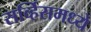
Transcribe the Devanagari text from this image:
सर्व्हिसमध्ये